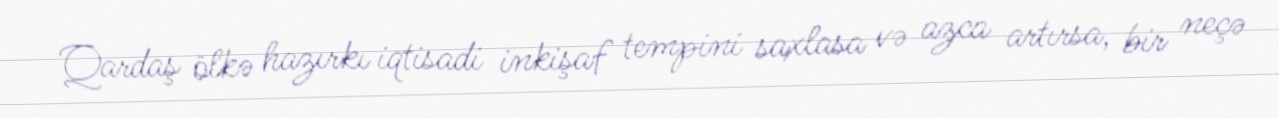
Qardaş ölkə hazırkı iqtisadi inkişaf tempini saxlasa və azca artırsa, bir neçə